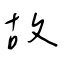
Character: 故